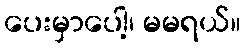
ပေးမှာပေါ့၊ မမရယ်။